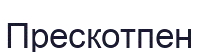
Прескотпен